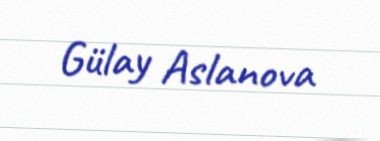
Gülay Aslanova